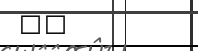
٩٦